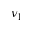
\nu _ { 1 }